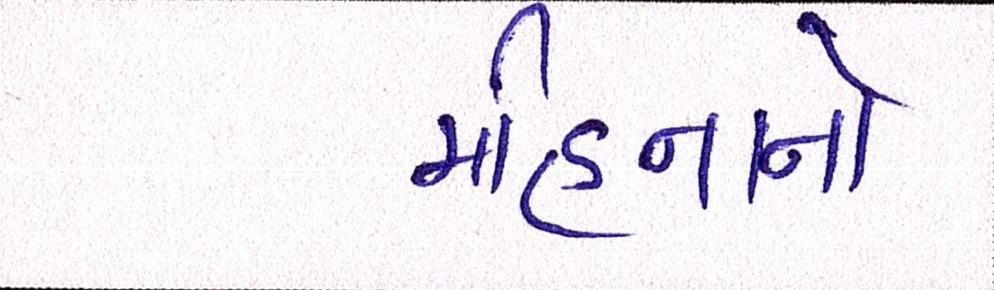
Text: મહિનાનો